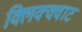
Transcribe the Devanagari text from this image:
क्लिक्क्वाट